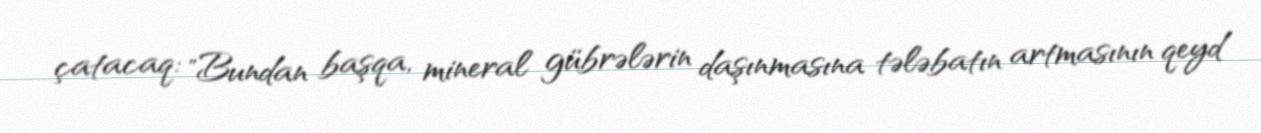
çatacaq: "Bundan başqa, mineral gübrələrin daşınmasına tələbatın artmasının qeyd